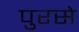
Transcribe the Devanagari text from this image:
पुरसे